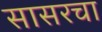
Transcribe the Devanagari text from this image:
सासरचा